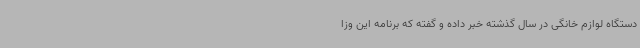
دستگاه لوازم خانگی در سال گذشته خبر داده و گفته که برنامه این وزا